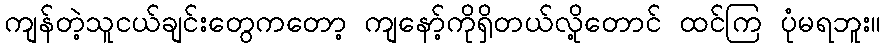
ကျန်တဲ့သူငယ်ချင်းတွေကတော့ ကျနော့်ကိုရှိတယ်လို့တောင် ထင်ကြ ပုံမရဘူး။